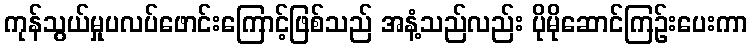
ကုန်သွယ်မှုပလပ်ဖောင်းကြောင့်ဖြစ်သည် အနံ့သည်လည်း ပိုမိုဆောင်ကြဉ်းပေးကာ